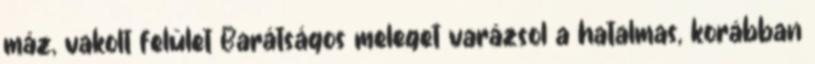
máz, vakolt felület Barátságos meleget varázsol a hatalmas, korábban